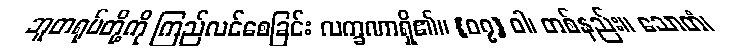
ဘူတရုပ်တို့ကို ကြည်လင်စေခြင်း လက္ခဏာရှိ၏။ {၀၇} ဝါ၊ တစ်နည်း။ သောတံ၊